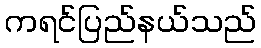
ကရင်ပြည်နယ်သည်